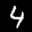
Label: 4